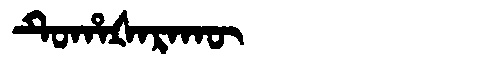
Manchu: ᡨᡠᡥᠠᡧᠠᡵᠠᡴᡡ
Romanization: TUHAŠARAKŪ